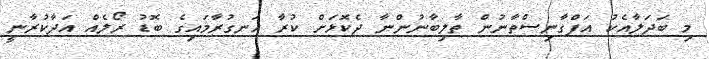
މި ބަދަލާއެކު އަފްގާނިސްތާނުން ތާލިބާނުންނާ ދެކޮޅަށް ކުރާ ހަނގުރާމައިގެ ބޮޑު ރޯލެއް އަދާކުރާނީ